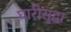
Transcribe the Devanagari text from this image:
घारीसुद्धा